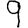
Digit: 9